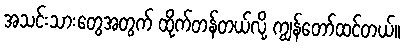
အသင်းသားတွေအတွက် ထိုက်တန်တယ်လို့ ကျွန်တော်ထင်တယ်။